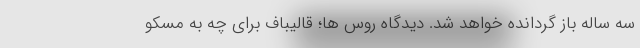
سه ساله باز گردانده خواهد شد. دیدگاه روس ها؛ قالیباف برای چه به مسکو